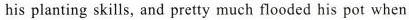
his planting skills, and pretty much flooded his pot when